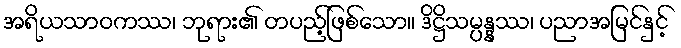
အရိယသာဝကဿ၊ ဘုရား၏ တပည့်ဖြစ်သော။ ဒိဋ္ဌိသမ္ပန္နဿ၊ ပညာအမြင်နှင့်